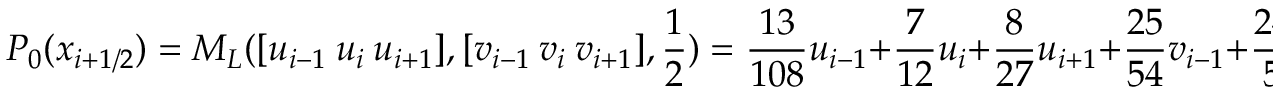
P _ { 0 } ( x _ { i + 1 / 2 } ) = M _ { L } ( [ u _ { i - 1 } ~ u _ { i } ~ u _ { i + 1 } ] , [ v _ { i - 1 } ~ v _ { i } ~ v _ { i + 1 } ] , \frac 1 2 ) = \frac { 1 3 } { 1 0 8 } u _ { i - 1 } + \frac { 7 } { 1 2 } u _ { i } + \frac { 8 } { 2 7 } u _ { i + 1 } + \frac { 2 5 } { 5 4 } v _ { i - 1 } + \frac { 2 4 1 } { 5 4 } v _ { i } - \frac { 2 8 } { 2 7 } v _ { i + 1 } ,